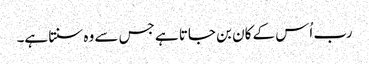
رب اُس کے کان بن جاتا ہے جس سے وہ سنتا ہے۔